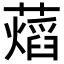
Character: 𧀜